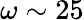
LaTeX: \omega\sim 25